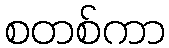
စတစ်ကာ